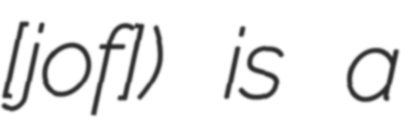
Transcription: [ˈjoːʒɛf]) is a